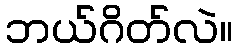
ဘယ်ဂိတ်လဲ။